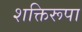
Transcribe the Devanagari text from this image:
शक्तिरूपा